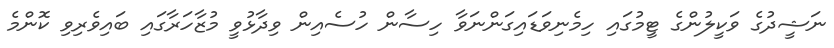
ނަޝީދުގެ ވަކީލުންގެ ޓީމުގައި ހިމެނިވަޑައިގަންނަވާ ހިސާން ހުސެއިން ވިދާޅުވީ މުޒާހަރާގައި ބައިވެރިވި ކޮންމެ